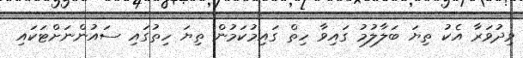
ވިދުވަރާ އެކު ތިޔަ ބަލާލުމު ގައިވާ ހިތް ގައިމުކަމުން ތިޔަ ހިތުގައި ސައުންނަށްޓަކައި